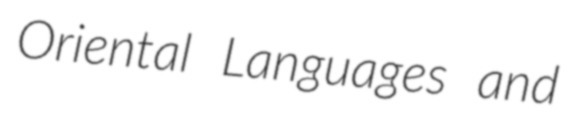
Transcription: Oriental Languages and